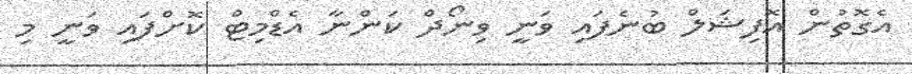
އެގޮތުން އޮފިޝަލް ބުނެފައި ވަނީ ވިނޯދް ކަންނާ އެޑްމިޓް ކޮށްފައި ވަނީ މި